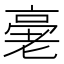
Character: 𠅸